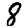
Digit: 8